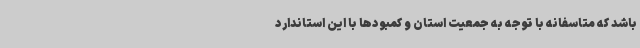
باشد که متاسفانه با توجه به جمعیت استان و کمبودها با این استاندارد